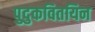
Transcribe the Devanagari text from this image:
पुदुकवितयिन